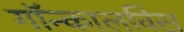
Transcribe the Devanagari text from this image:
गॉन्कालविस